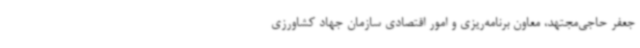
جعفر حاجی‌مجتهد، معاون برنامه‌ریزی و امور اقتصادی سازمان جهاد کشاورزی